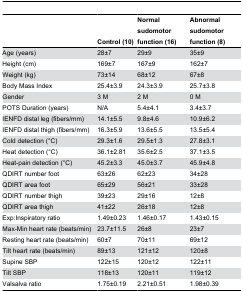
<table><thead><tr><td></td><td><b>Control (10)</b></td><td><b>Normal sudomotor function (16)</b></td><td><b>Abnormal sudomotor function (8)</b></td></tr></thead><tbody><tr><td>Age (years)</td><td>28±7</td><td>29±9</td><td>35±9</td></tr><tr><td>Height (cm)</td><td>169±7</td><td>167±9</td><td>162±7</td></tr><tr><td>Weight (kg)</td><td>73±14</td><td>68±12</td><td>67±8</td></tr><tr><td>Body Mass Index</td><td>25.4±3.9</td><td>24.3±3.9</td><td>25.7±3.8</td></tr><tr><td>Gender</td><td>3 M</td><td>2 M</td><td>0 M</td></tr><tr><td>POTS Duration (years)</td><td>N/A</td><td>5.4±4.1</td><td>3.4±3.7</td></tr><tr><td>IENFD distal leg (fibers/mm)</td><td>14.1±5.5</td><td>9.8±4.6</td><td>10.9±6.2</td></tr><tr><td>IENFD distal thigh (fibers/mm)</td><td>16.3±5.9</td><td>13.6±5.5</td><td>13.5±5.4</td></tr><tr><td>Cold detection (°C)</td><td>29.3±1.6</td><td>29.5±1.3</td><td>27.8±3.1</td></tr><tr><td>Heat detection (°C)</td><td>36.1±2.81</td><td>35.6±2.5</td><td>37.1±3.5</td></tr><tr><td>Heat-pain detection (°C)</td><td>45.2±3.3</td><td>45.0±3.7</td><td>45.9±4.8</td></tr><tr><td>QDIRT number foot</td><td>63±26</td><td>62±23</td><td>34±28</td></tr><tr><td>QDIRT area foot</td><td>65±29</td><td>56±21</td><td>33±28</td></tr><tr><td>QDIRT number thigh </td><td>39±23</td><td>29±16</td><td>12±8</td></tr><tr><td>QDIRT area thigh</td><td>41±22</td><td>26±18</td><td>12±8</td></tr><tr><td>Exp:Inspiratory ratio</td><td>1.49±0.23</td><td>1.46±0.17</td><td>1.43±0.15</td></tr><tr><td>Max-Min heart rate (beats/min)</td><td>23.7±11.5</td><td>26±8</td><td>23±7</td></tr><tr><td>Resting heart rate (beats/min)</td><td>60±7</td><td>70±11</td><td>69±12</td></tr><tr><td>Tilt heart rate (beats/min)</td><td>89±13</td><td>121±12</td><td>120±8</td></tr><tr><td>Supine SBP</td><td>122±15</td><td>120±12</td><td>122±11</td></tr><tr><td>Tilt SBP</td><td>118±13</td><td>120±11</td><td>119±12</td></tr><tr><td>Valsalva ratio</td><td>1.75±0.19</td><td>2.21±0.51</td><td>1.98±0.39</td></tr></tbody></table>